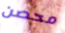
محصن